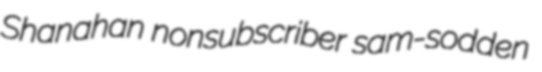
Shanahan nonsubscriber sam-sodden